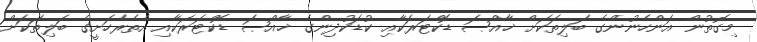
މިގޮތުން އަންހެނުންގެ ބަލިތަކަށް ޚާއްޞަ ޑޮކްޓަރަކާއި ކުޑަކުދިންގެ ޚާއްޞަ ޑޮކްޓަރަކާއި އެތެރެހަށީގެ ބަލިތަކަށް